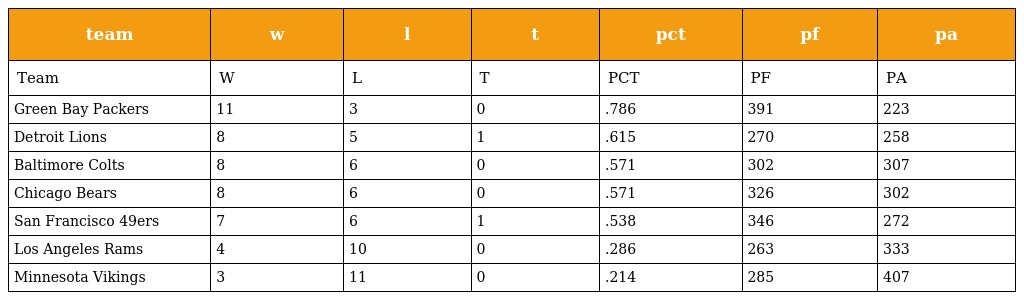
| team | w | l | t | pct | pf | pa |
 | --- | --- | --- | --- | --- | --- | --- |
 | Team | W | L | T | PCT | PF | PA |
 | Green Bay Packers | 11 | 3 | 0 | .786 | 391 | 223 |
 | Detroit Lions | 8 | 5 | 1 | .615 | 270 | 258 |
 | Baltimore Colts | 8 | 6 | 0 | .571 | 302 | 307 |
 | Chicago Bears | 8 | 6 | 0 | .571 | 326 | 302 |
 | San Francisco 49ers | 7 | 6 | 1 | .538 | 346 | 272 |
 | Los Angeles Rams | 4 | 10 | 0 | .286 | 263 | 333 |
 | Minnesota Vikings | 3 | 11 | 0 | .214 | 285 | 407 |